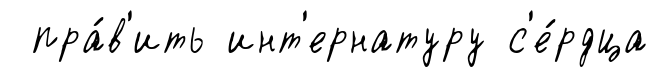
пра́в'ить инт'ернатуру с'е́рдца